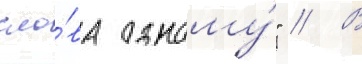
сло́ва одному́" // В